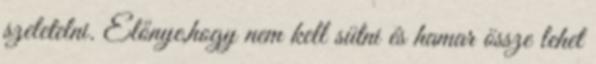
szeletelni. Előnye,hogy nem kell sütni és hamar össze lehet